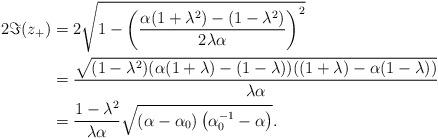
LaTeX: \begin{align*}2\Im(z_{+}) & =2\sqrt{1-\left(\frac{\alpha(1+\lambda^{2})-(1-\lambda^{2})}{2\lambda\alpha}\right)^{2}}\\ & =\frac{\sqrt{(1-\lambda^{2})(\alpha(1+\lambda)-(1-\lambda))((1+\lambda)-\alpha(1-\lambda))}}{\lambda\alpha}\\ & =\frac{1-\lambda^{2}}{\lambda\alpha}\sqrt{\left(\alpha-\alpha_{0}\right)\left(\alpha_{0}^{-1}-\alpha\right)}.\end{align*}